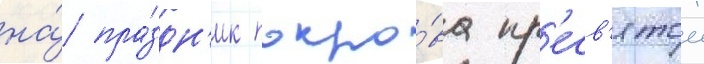
на́ пра́здн'ик покро́ва пр'есв'ятои